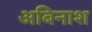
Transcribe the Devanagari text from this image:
अबिनाश